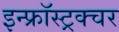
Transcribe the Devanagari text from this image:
इन्फ्रॉस्ट्रक्चर